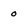
Character: o